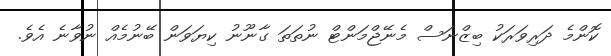
ކޮންމެ ދަރިވަރަކު ބިޒްނަސް މެނޭޖްމަންޓް ނުތަތަ ގާނޫނު ކިޔަވަން ބޭނުމެއް ނުވާނެ އެވެ.